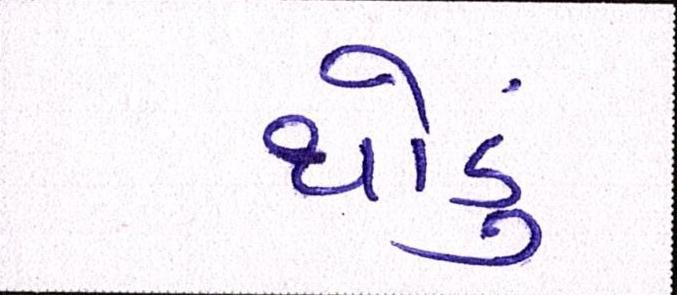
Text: થોડું